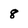
Character: 8